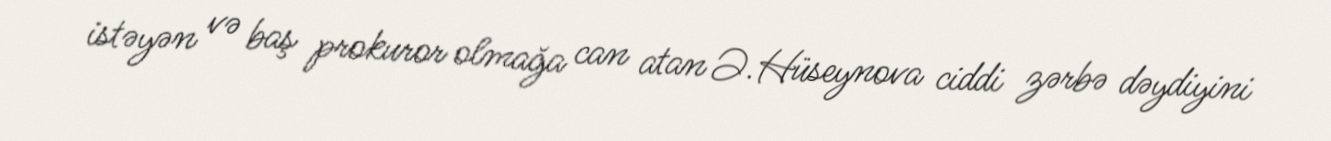
istəyən və baş prokuror olmağa can atan Ə.Hüseynova ciddi zərbə dəydiyini